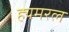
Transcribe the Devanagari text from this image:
ह्यमरल